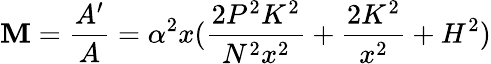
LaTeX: \mathbf{M}={\frac{{A^{\prime}}}{{A}}}=\alpha^{2}x({\frac{{2P^{2}K^{2}}}{{N^{2}x^{2}}}}+{\frac{{2K^{2}}}{{x^{2}}}}+H^{2})